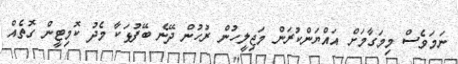
ނަމަވެސް މިމަގާމަށް އައްޔަންކުރަން މަޖިލީހުން ރުހުން ދޭނެ ބޭފުޅަކާ މެދު ކޮމިޓީން ގޮތެއް